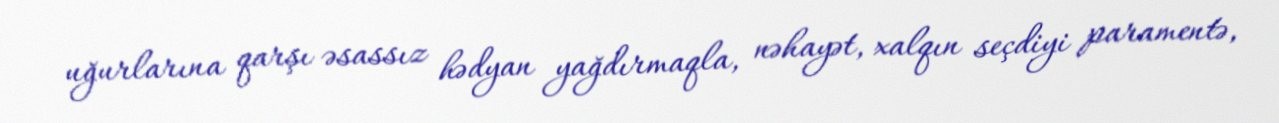
uğurlarına qarşı əsassız hədyan yağdırmaqla, nəhayət, xalqın seçdiyi paramentə,